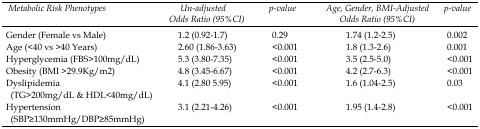
<table><thead><tr><td><b>Metabolic Risk Phenotypes</b></td><td><b>Un-adjusted Odds Ratio (95%CI)</b></td><td><b>p-value</b></td><td><b>Age, Gender, BMI-Adjusted Odds Ratio (95%CI)</b></td><td><b>p-value</b></td></tr></thead><tbody><tr><td>Gender (Female vs Male)</td><td>1.2 (0.92-1.7)</td><td>0.29</td><td>1.74 (1.2-2.5)</td><td>0.002</td></tr><tr><td>Age (&lt;40 vs &gt;40 Years)</td><td>2.60 (1.86-3.63)</td><td>&lt;0.001</td><td>1.8 (1.3-2.6)</td><td>0.001</td></tr><tr><td>Hyperglycemia (FBS&gt;100mg/dL)</td><td>5.3 (3.80-7.35)</td><td>&lt;0.001</td><td>3.5 (2.5-5.0)</td><td>&lt;0.001</td></tr><tr><td>Obesity (BMI &gt;29.9Kg/m<sup>2</sup>)</td><td>4.8 (3.45-6.67)</td><td>&lt;0.001</td><td>4.2 (2.7-6.3)</td><td>&lt;0.001</td></tr><tr><td>Dyslipidemia (TG&gt;200mg/dL &amp; HDL&lt;40mg/dL)</td><td>4.1 (2.80 5.95)</td><td>&lt;0.001</td><td>1.6 (1.04-2.5)</td><td>0.03</td></tr><tr><td>Hypertension (SBP≥130mmHg/DBP≥85mmHg)</td><td>3.1 (2.21-4.26)</td><td>&lt;0.001</td><td>1.95 (1.4-2.8)</td><td>&lt;0.001</td></tr></tbody></table>